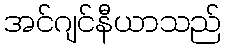
အင်ဂျင်နီယာသည်